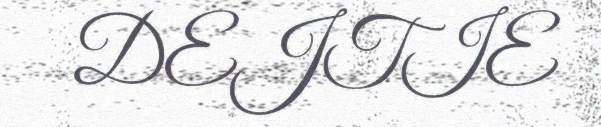
DEJTIE